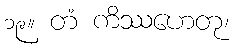
၁၉။ တံ ကိဿဟေတု၊